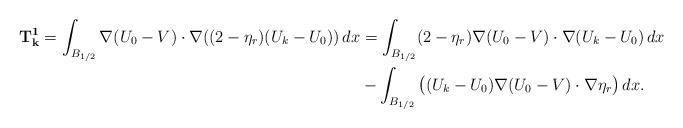
LaTeX: \begin{align*}\mathbf{T^1_{k}} =\int_{B_{1/2}} \nabla (U_0 -V) \cdot \nabla ((2-\eta_r)(U_k-U_0))\,dx&= \int_{B_{1/2}} (2-\eta_r) \nabla (U_0-V)\cdot \nabla (U_k-U_0)\,dx\\&-\int_{B_{1/2}} \big ( (U_k -U_0) \nabla (U_0-V) \cdot \nabla \eta_r \big )\,dx.\end{align*}